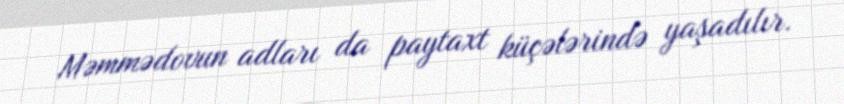
Məmmədovun adları da paytaxt küçələrində yaşadılır.